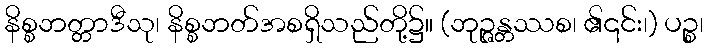
နိစ္စဘတ္တာဒီသု၊ နိစ္စဘတ်အစရှိသည်တို့၌။ (ဘုဉ္ဇန္တဿစ၊ ၏၎င်း၊) ပဉ္စ၊